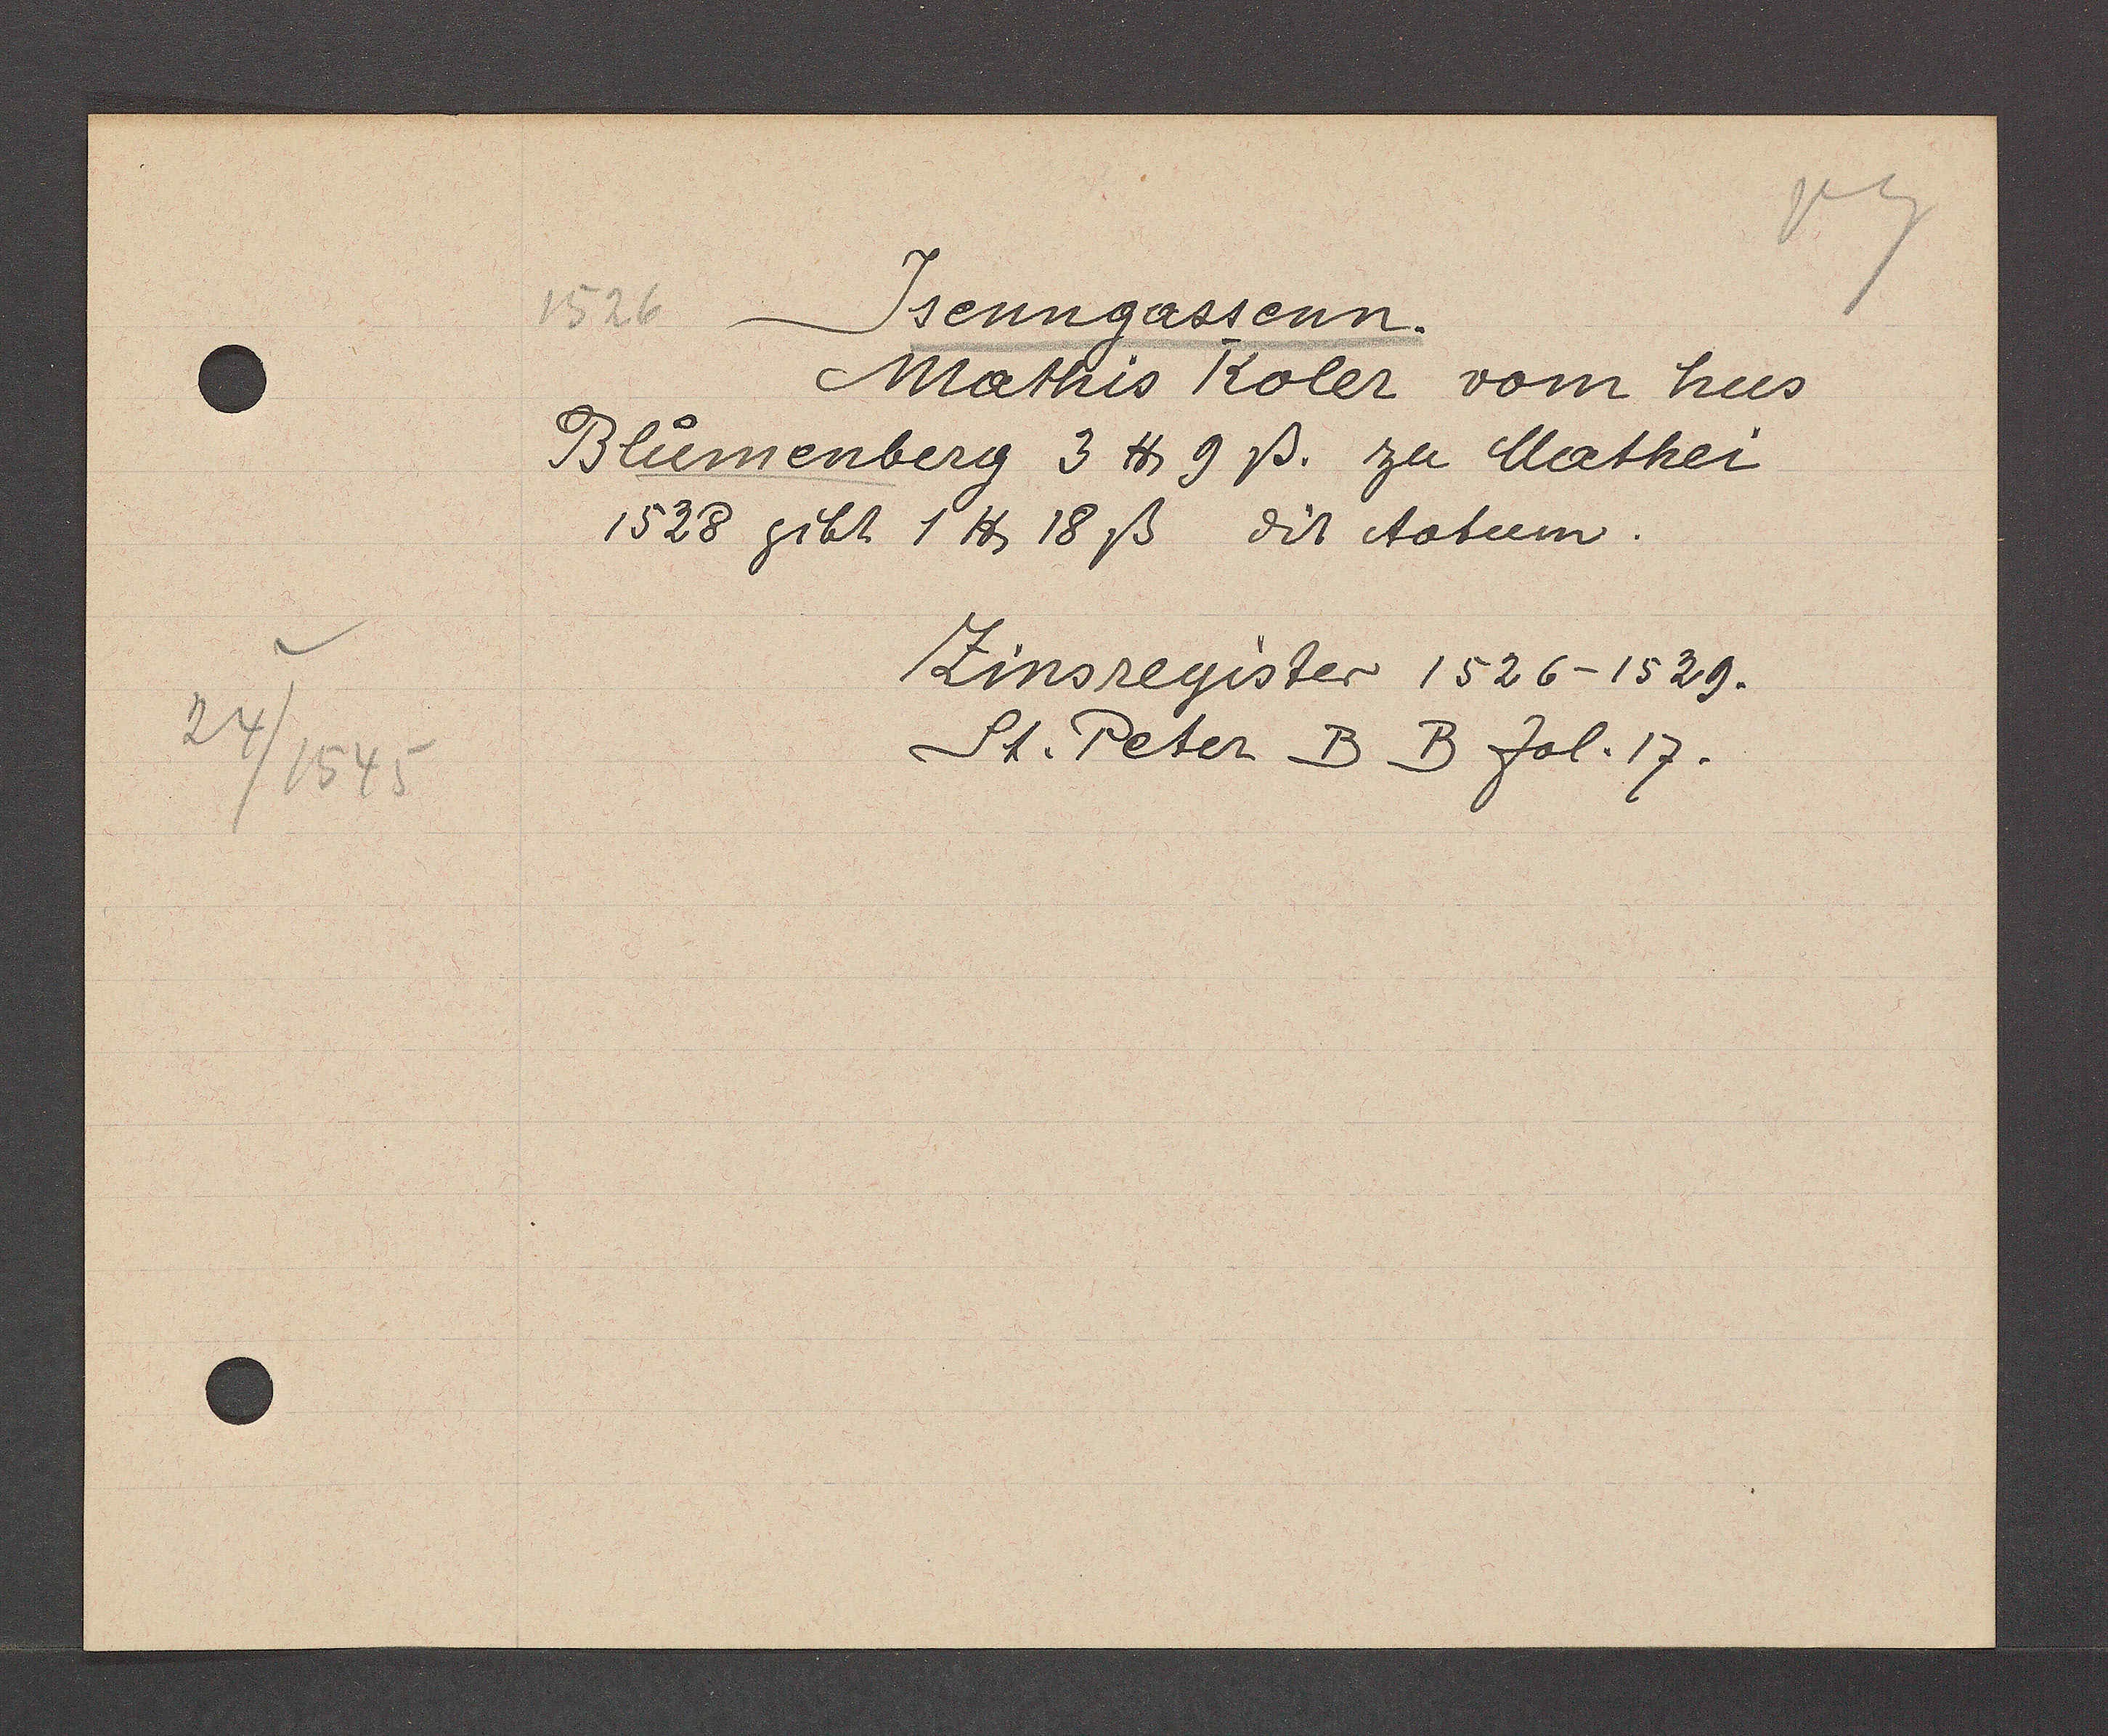
Transcript:
24/1545

1526 Jsengassenn.
Mathis Koler vom hus
Bluomenberg 3 ℔ 9ß. zu Mathei
1528 gibt 1 ℔ 18 ß dit tatum.
Zinsregister 1526-1529.
St. Peter B.B fol.17.